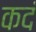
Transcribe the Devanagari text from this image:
कदं